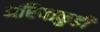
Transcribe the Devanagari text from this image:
अरियाकुडी